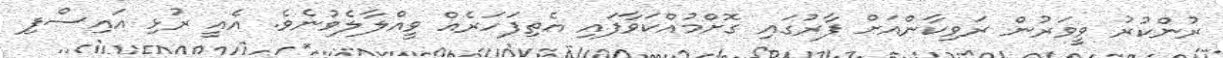
ރުންކުރު ވީވަރުން ރަވިކާންއަށް ފާރުގައި ގޮށްމުއްކަވާފައި އެތިފަހަރެއް ވީއްލާލެވުނެވެ. އެއީ ރުޅި އައިސްފި